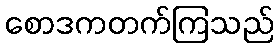
စောဒကတက်ကြသည်